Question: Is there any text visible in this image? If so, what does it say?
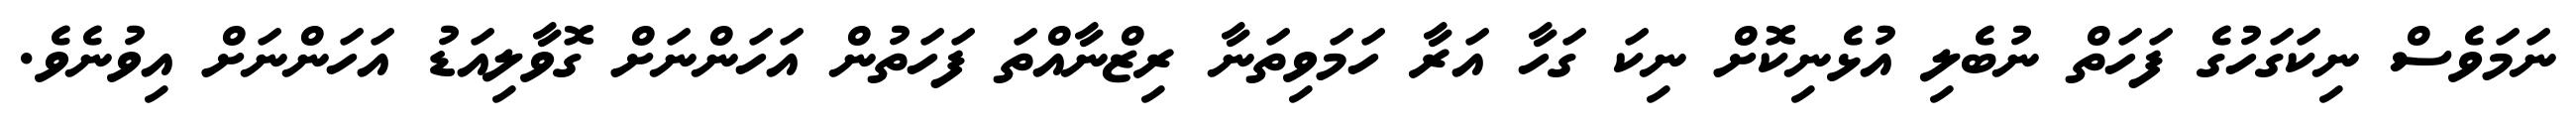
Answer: ނަމަވެސް ނިކަގަހުގެ ފަހަތް ނުބެލި އުޅެނިކޮށް ނިކަ ގަހާ އަރާ ހަމަވިތަނާ ރިޒްނާއްތަ ފަހަތުން އަހަންނަށް ގޮވާލިއަޑު އަހަންނަށް އިވުނެވެ.